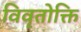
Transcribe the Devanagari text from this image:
विवृतोक्ति